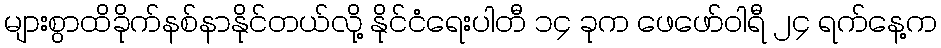
များစွာထိခိုက်နစ်နာနိုင်တယ်လို့ နိုင်ငံရေးပါတီ ၁၄ ခုက ဖေဖော်ဝါရီ ၂၄ ရက်နေ့က